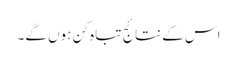
اس کے نتائج تباہ کن ہوں گے۔